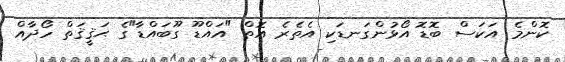
ކޮންމެ އަކަސް ބޮޑޮ އޯޅުންގަނޑަކި އެތެރެ އޮތް "އައްޑޫ ގޫބައްޑާ"ގެ ޙަޤީޤަތް ހޯދާއް